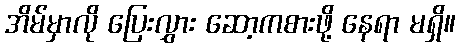
အိမ်မှာလို ပြေးလွှား ဆော့ကစားဖို့ နေရာ မရှိ။